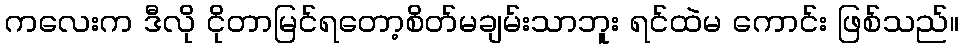
ကလေးက ဒီလို ငိုတာမြင်ရတော့စိတ်မချမ်းသာဘူး ရင်ထဲမ ကောင်း ဖြစ်သည်။